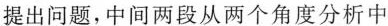
提出问题，中间两段从两个角度分析中